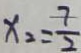
x _ { 2 } = \frac { 7 } { 2 }